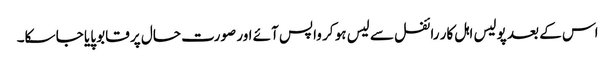
اس کے بعد پولیس اہل کار رائفل سے لیس ہو کر واپس آئے اور صورت حال پر قابو پایا جا سکا۔